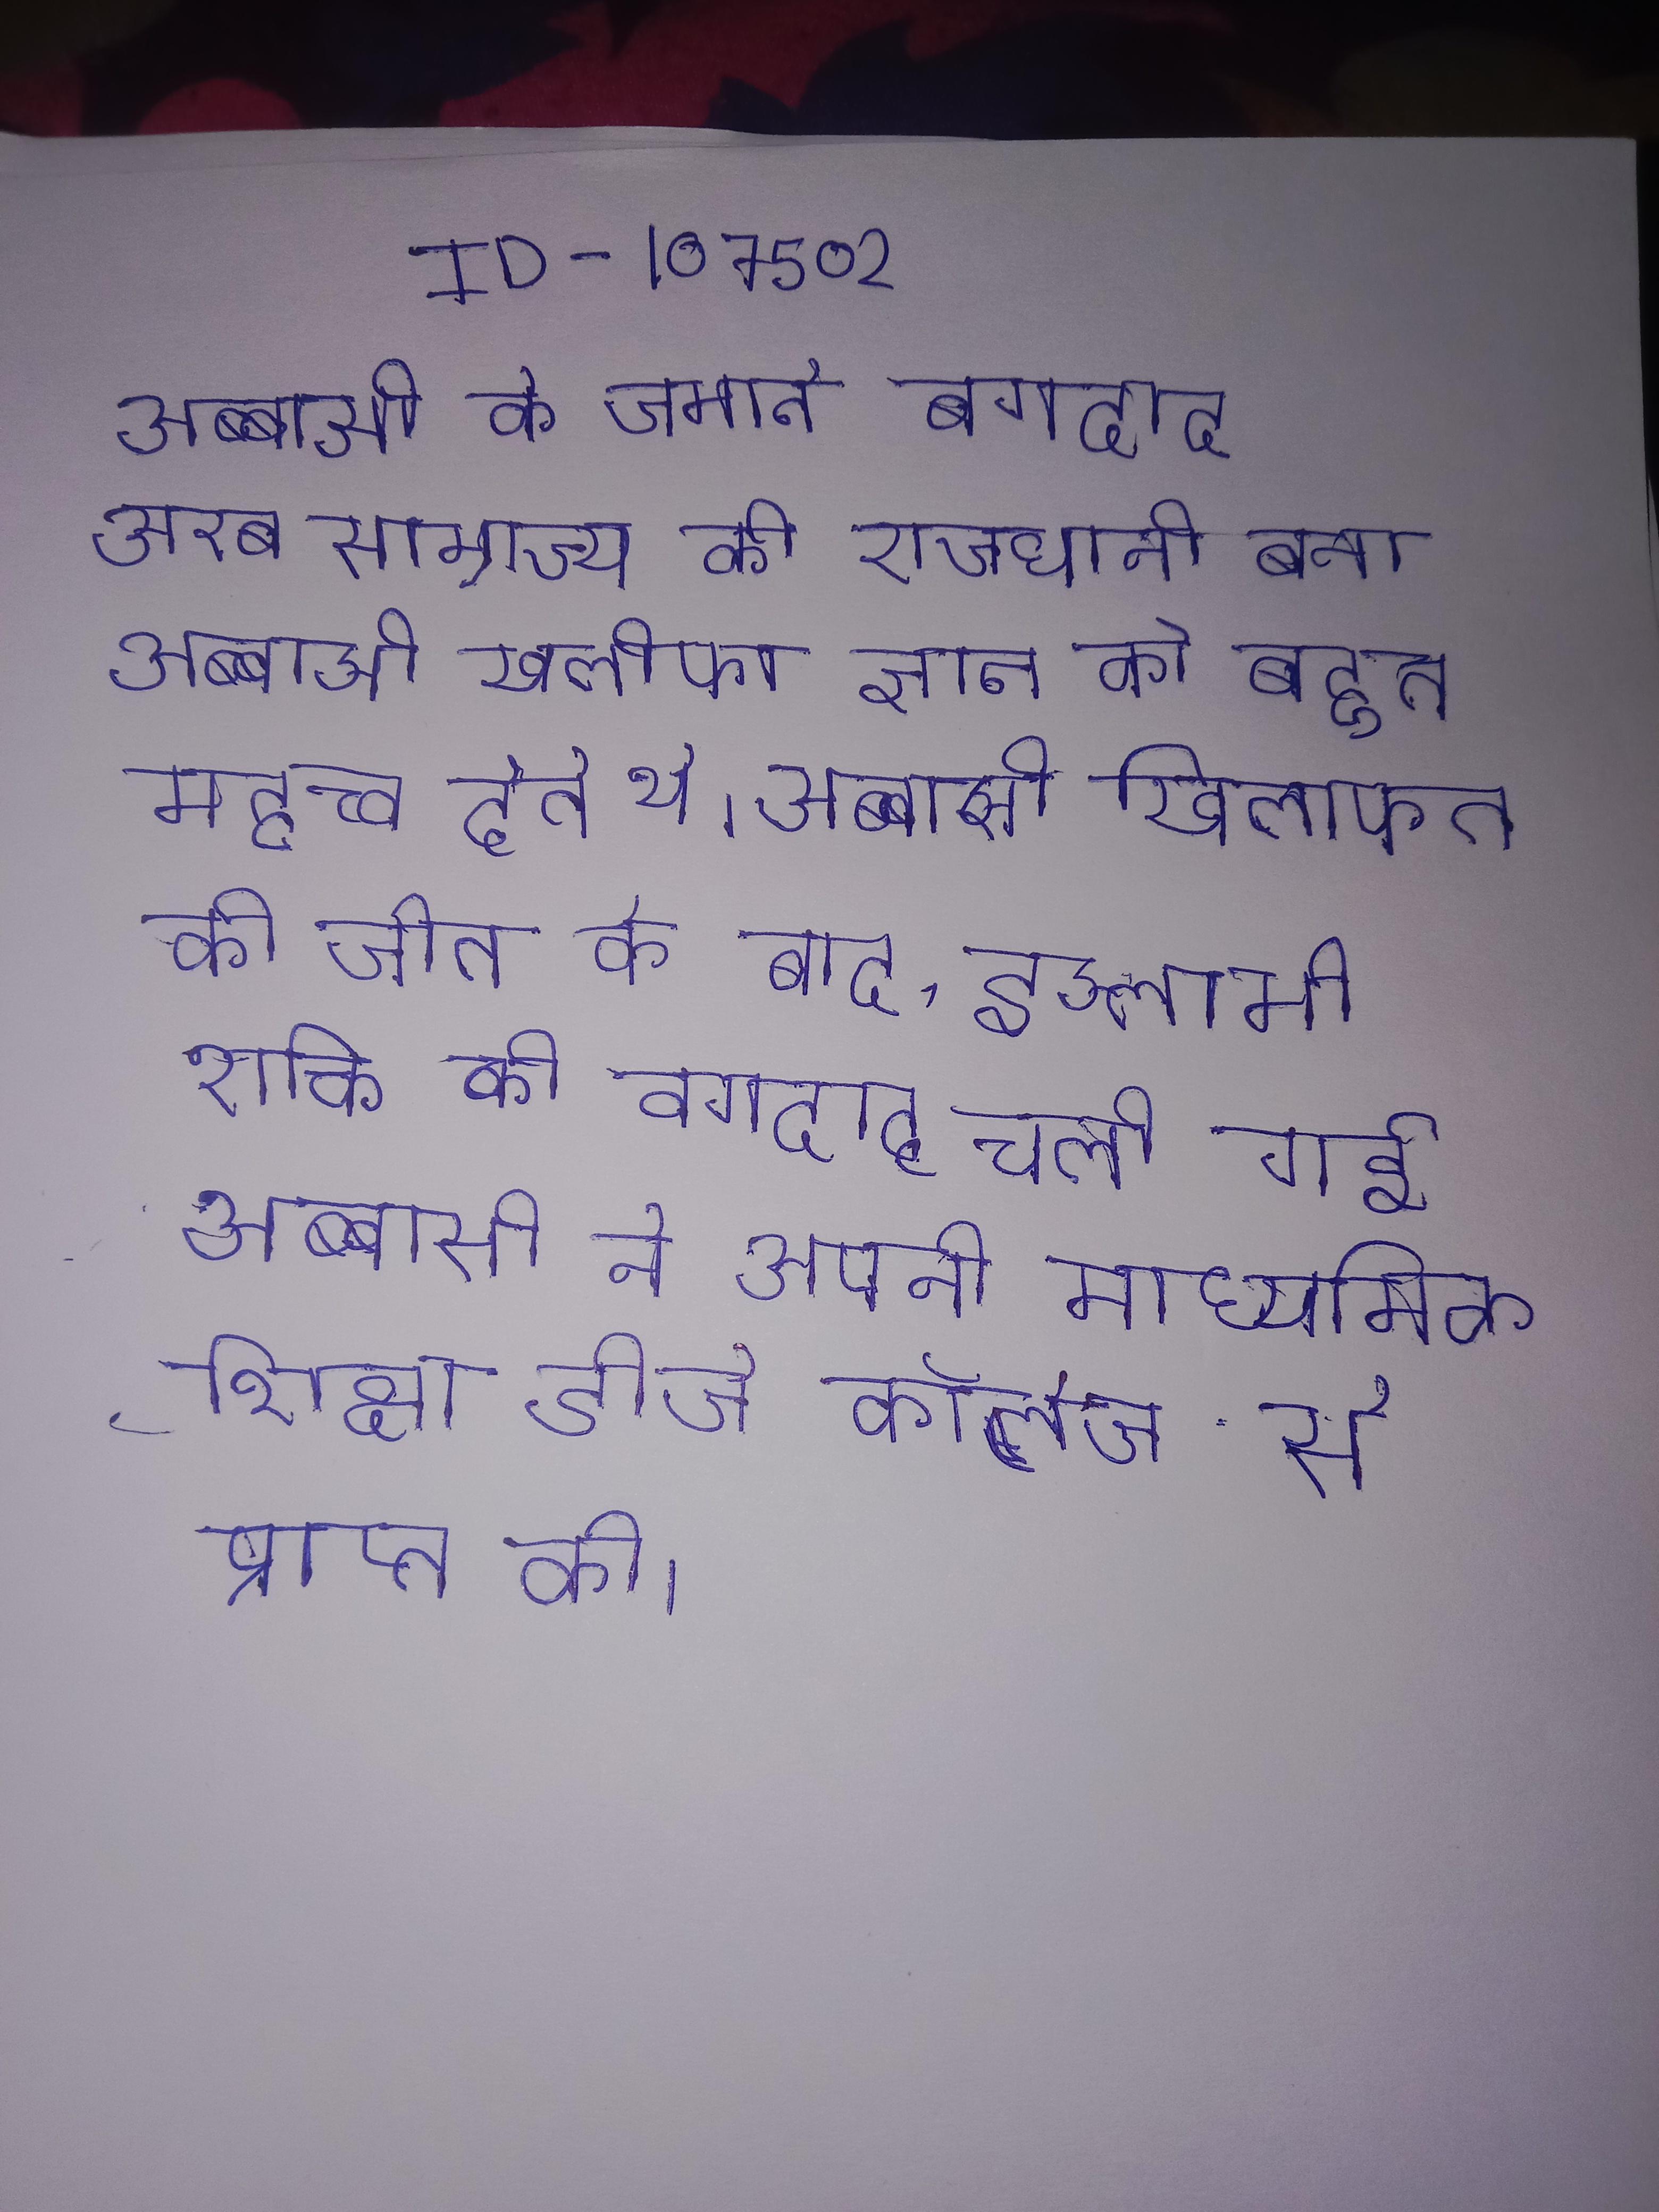
अब्बासी के जमाने बगदाद अरब साम्राज्य की राजधानी बना । अब्बासी खलीफा ज्ञान को बहुत महत्त्व देते थे । अब्बासी खिलाफत की जीत के बाद, इस्लामी शक्ति की बगदाद चली गई । अब्बासी ने अपनी माध्यमिक शिक्षा डीजे कॉलेज से प्राप्त की ।